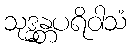
သုဒ္ဓန္တပရိဝါသံ